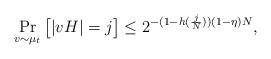
LaTeX: \begin{align*} \Pr_{v\sim\mu_t}\big[|vH|=j \big]\leq 2^{-(1-h(\frac{j}{N}))(1-\eta) N},\end{align*}